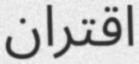
اقتران